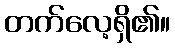
တက်လေ့ရှိ၏။